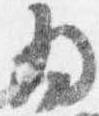
為